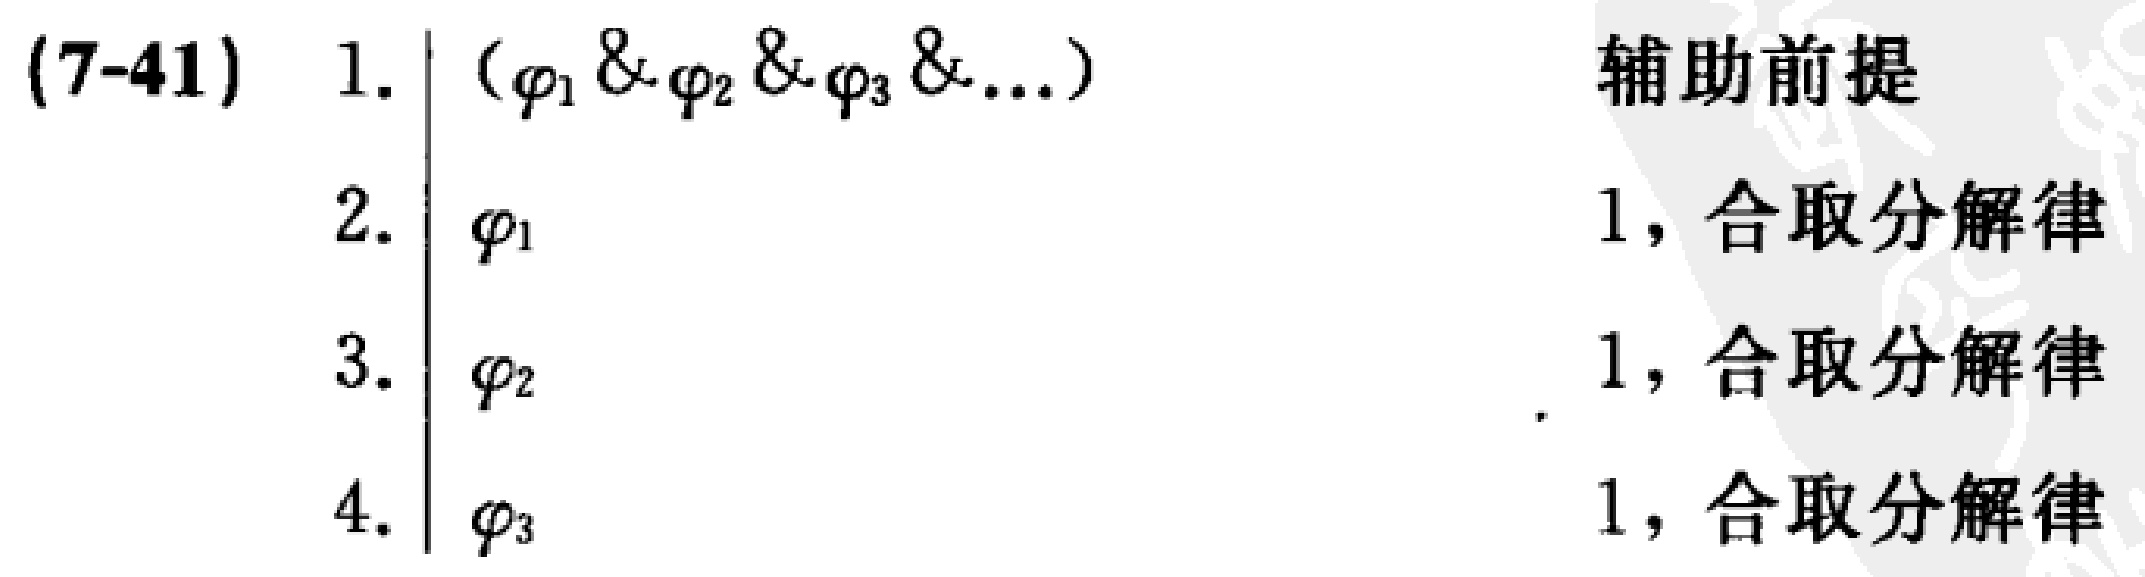
\begin{align*}
(7 - 41)\quad 1.&\quad (\varphi_1 \& \varphi_2 \& \varphi_3 \& \ldots) \quad \text{辅助前提}\\
2.&\quad \varphi_1 \quad 1, \text{ 合取分解律}\\
3.&\quad \varphi_2 \quad 1, \text{ 合取分解律}\\
4.&\quad \varphi_3 \quad 1, \text{ 合取分解律}
\end{align*}